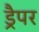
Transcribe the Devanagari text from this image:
ड्रैपर